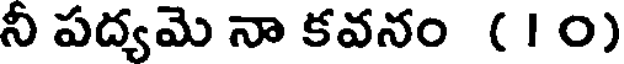
నీ పద్యమె నా కవనం (10)